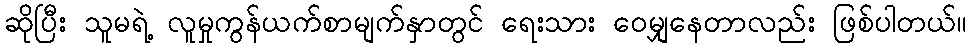
ဆိုပြီး သူမရဲ့ လူမှုကွန်ယက်စာမျက်နှာတွင် ရေးသား ဝေမျှနေတာလည်း ဖြစ်ပါတယ်။